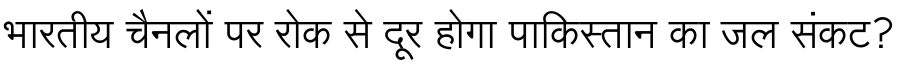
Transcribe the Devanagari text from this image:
भारतीय चैनलों पर रोक से दूर होगा पाकिस्तान का जल संकट?